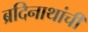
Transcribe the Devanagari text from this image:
ब्रदिनाथांची